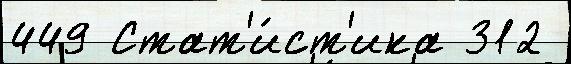
449 Стат'и́ст'ика 312